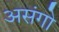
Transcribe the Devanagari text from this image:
असंगो